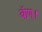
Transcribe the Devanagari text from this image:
बॅाण।